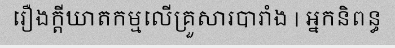
រឿងក្តីឃាតកម្មលើគ្រួសារបារាំង | អ្នកនិពន្ធ